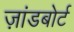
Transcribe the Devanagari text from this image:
ज़ांडबोर्ट